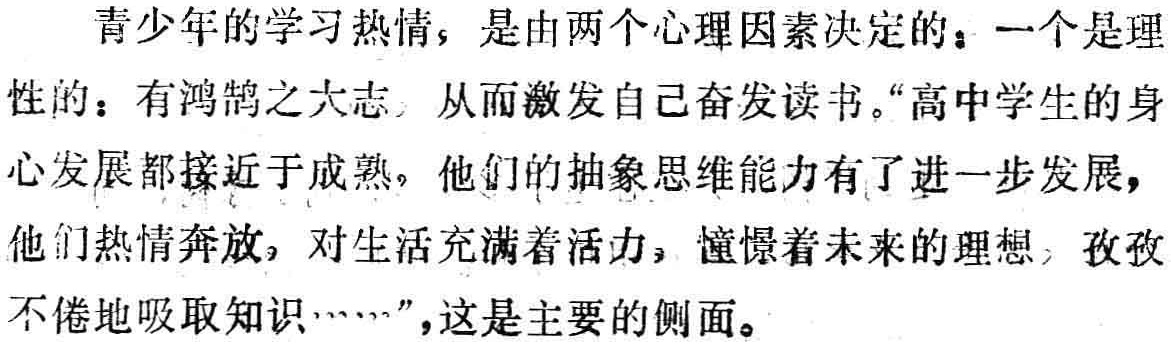
青少年的学习热情，是由两个心理因素决定的：一个是理
性的：有鸿鹄之大志，从而激发自己奋发读书。“高中学生的身
心发展都接近于成熟，他们的抽象思维能力有了进一步发展，
他们热情奔放，对生活充满着活力，憧憬着未来的理想，孜孜
不倦地吸取知识……”，这是主要的侧面。